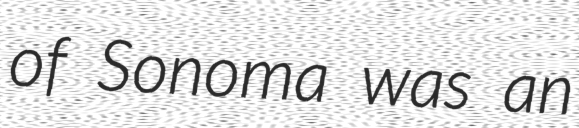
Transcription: of Sonoma was an